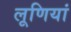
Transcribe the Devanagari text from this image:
लूणियां